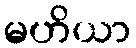
မဟိယာ